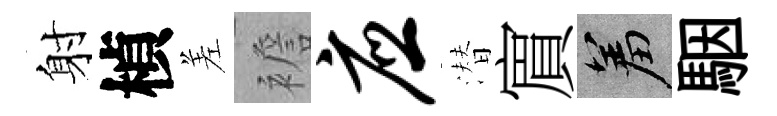
射楨差襜应潜賔羞駰